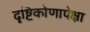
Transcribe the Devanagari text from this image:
दृष्टिकोणापेक्षा